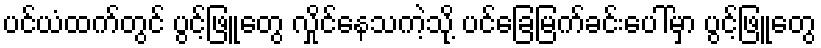
ပင်ယံထက်တွင် ပွင့်ဖြူတွေ လှိုင်နေသကဲ့သို့ ပင်ခြေမြက်ခင်းပေါ်မှာ ပွင့်ဖြူတွေ